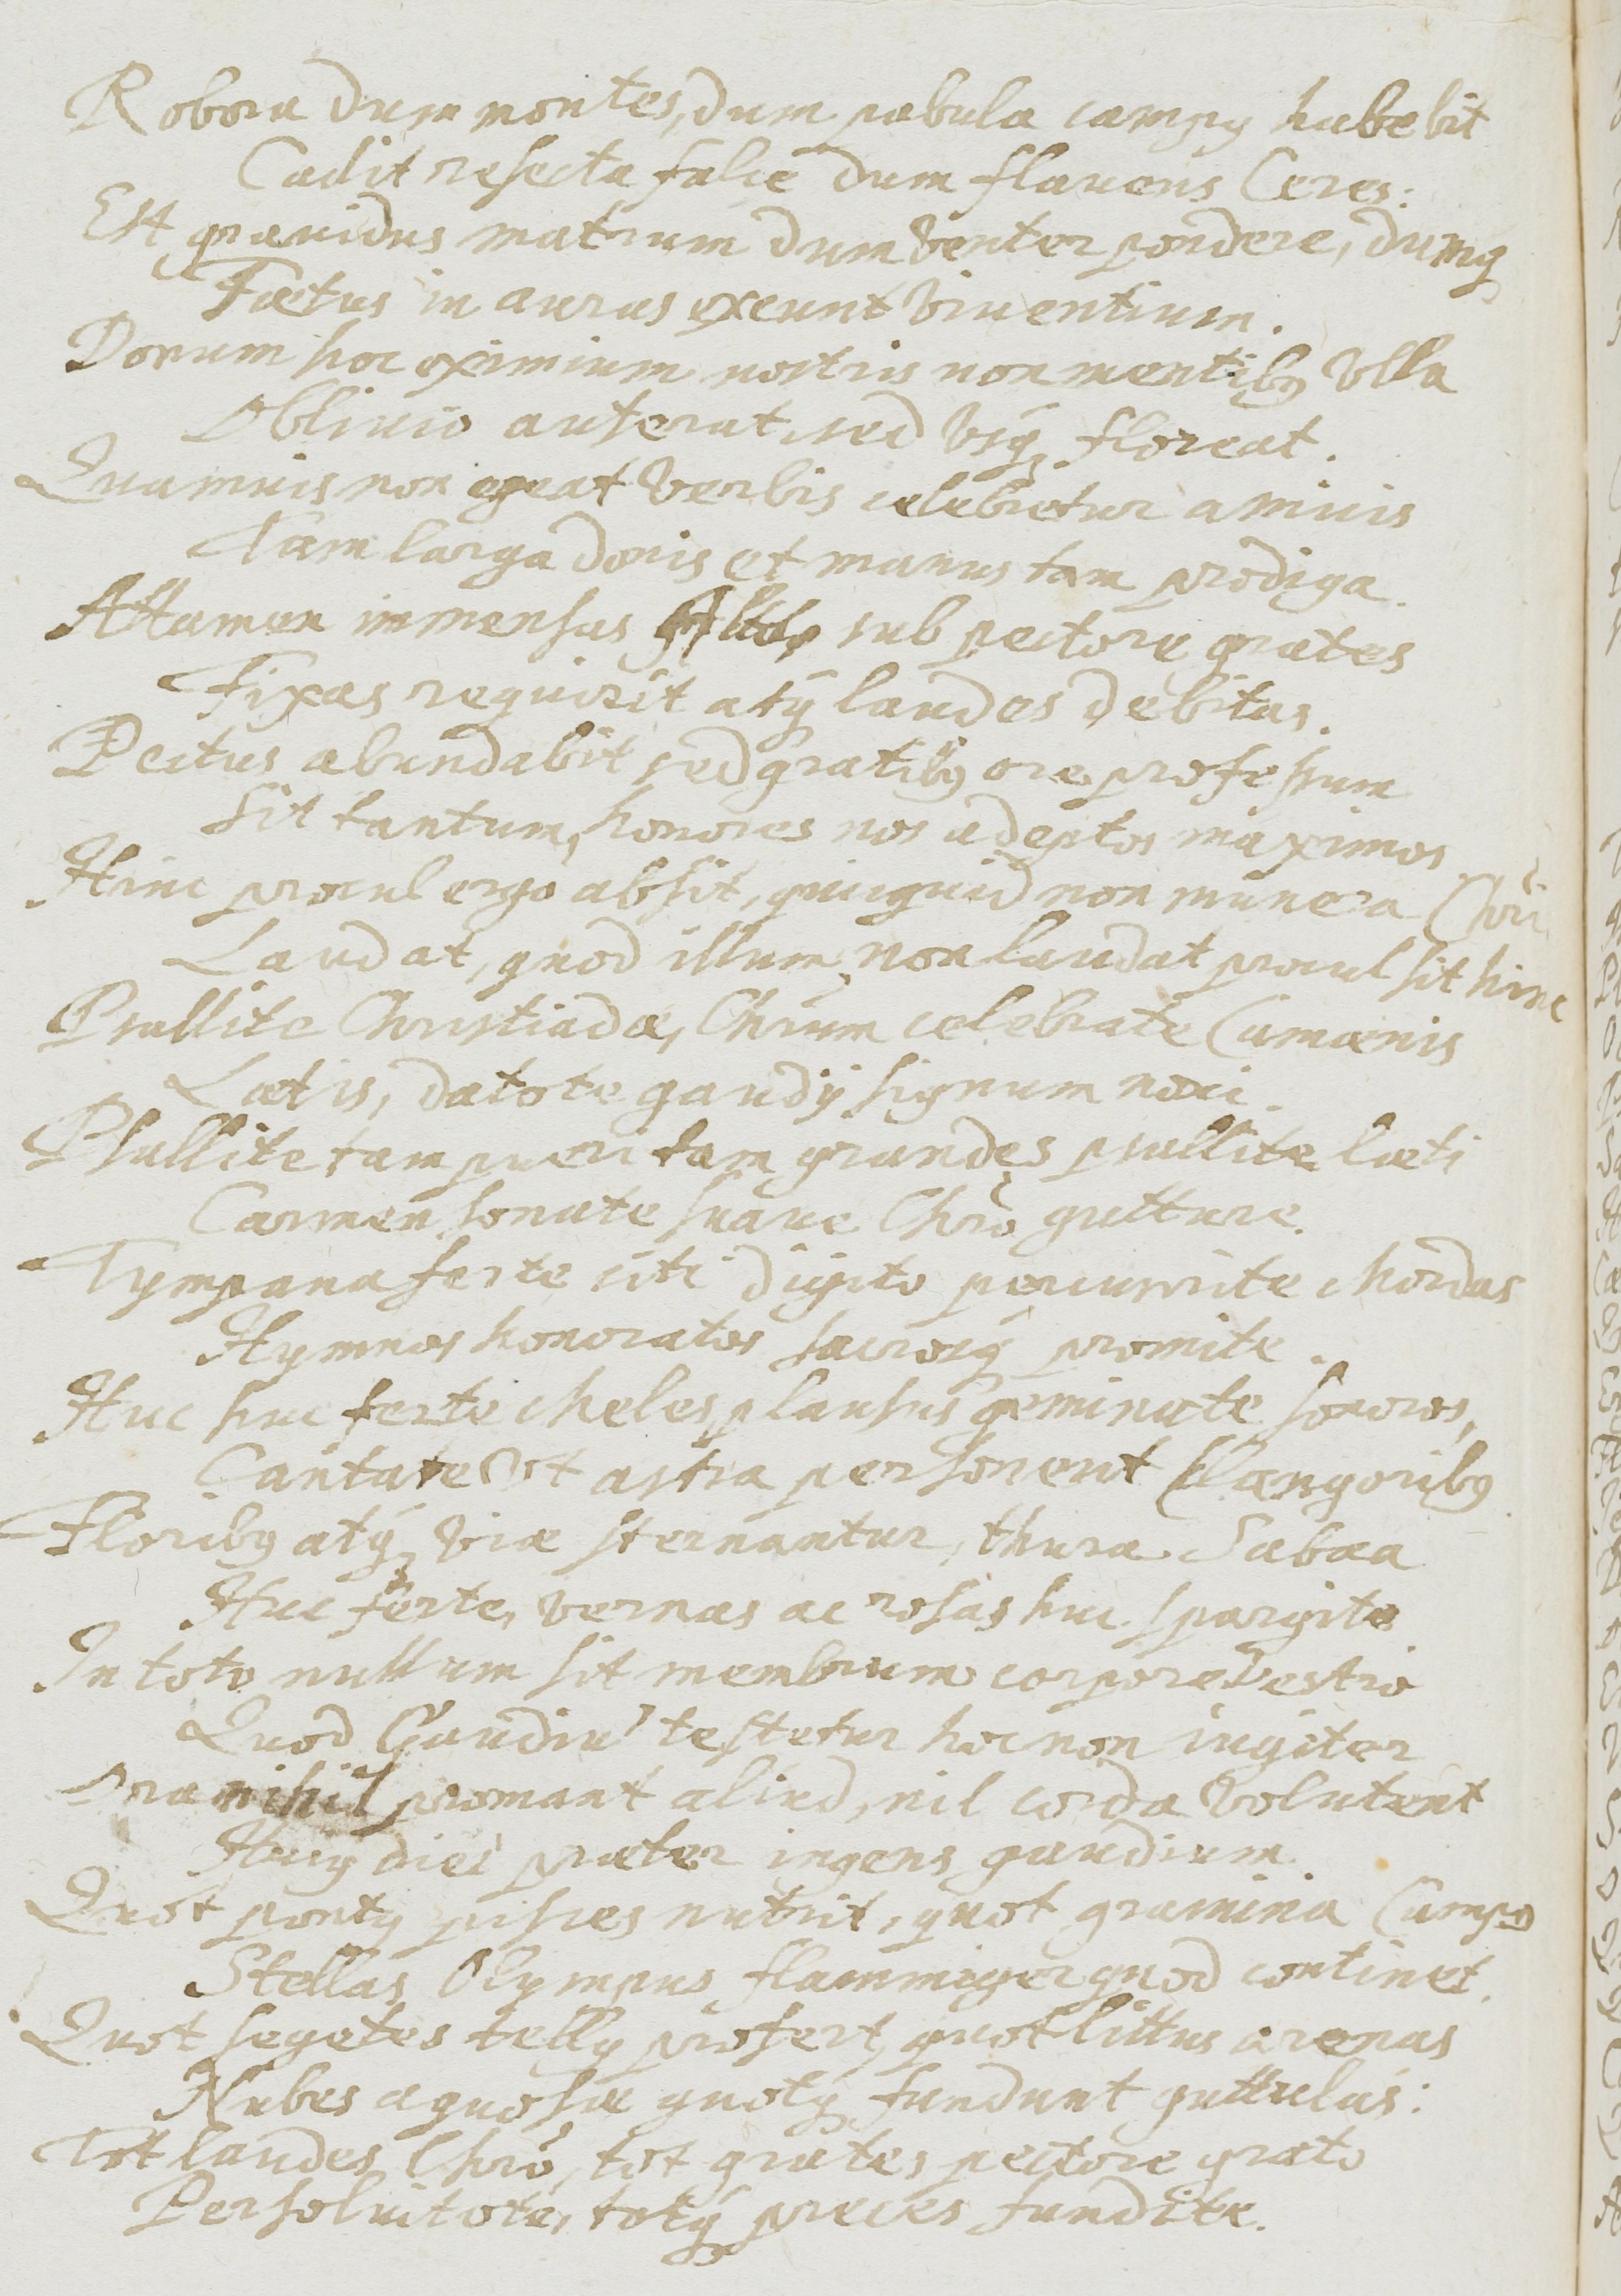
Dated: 1637–1673